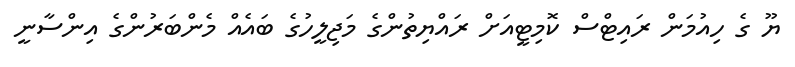
ޔޫ ގެ ހިއުމަން ރައިޓްސް ކޮމިޓީއަށް ރައްޔިތުންގެ މަޖިލީހުގެ ބައެއް މެންބަރުންގެ އިންސާނީ